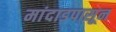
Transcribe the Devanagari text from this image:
मांदाडपासून